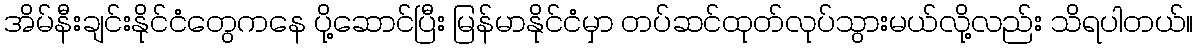
အိမ်နီးချင်းနိုင်ငံတွေကနေ ပို့ဆောင်ပြီး မြန်မာနိုင်ငံမှာ တပ်ဆင်ထုတ်လုပ်သွားမယ်လို့လည်း သိရပါတယ်။